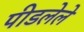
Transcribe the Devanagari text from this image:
पीडलेले